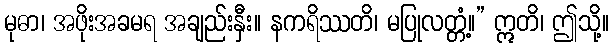
မုဓာ၊ အဖိုးအခမရ အချည်းနှီး။ နကရိဿတိ၊ မပြုလတ္တံ့။” ဣတိ၊ ဤသို့။